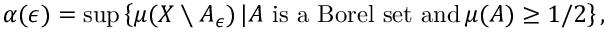
\alpha ( \epsilon ) = \operatorname* { s u p } \left\{ \mu ( X \setminus A _ { \epsilon } ) \, | A { \mathrm { ~ i s ~ a ~ B o r e l ~ s e t ~ a n d } } \, \mu ( A ) \geq 1 / 2 \right\} ,